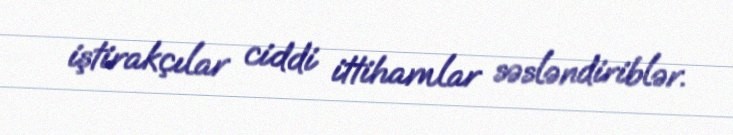
iştirakçılar ciddi ittihamlar səsləndiriblər.